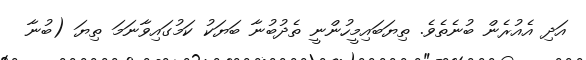
އަދި އެއުރެން ބުނެތެވެ. ތިޔަބައިމީހުންނީ ތެދުބުނާ ބަޔަކު ކަމުގައިވާނަމަ ތިޔަ (ބުނާ